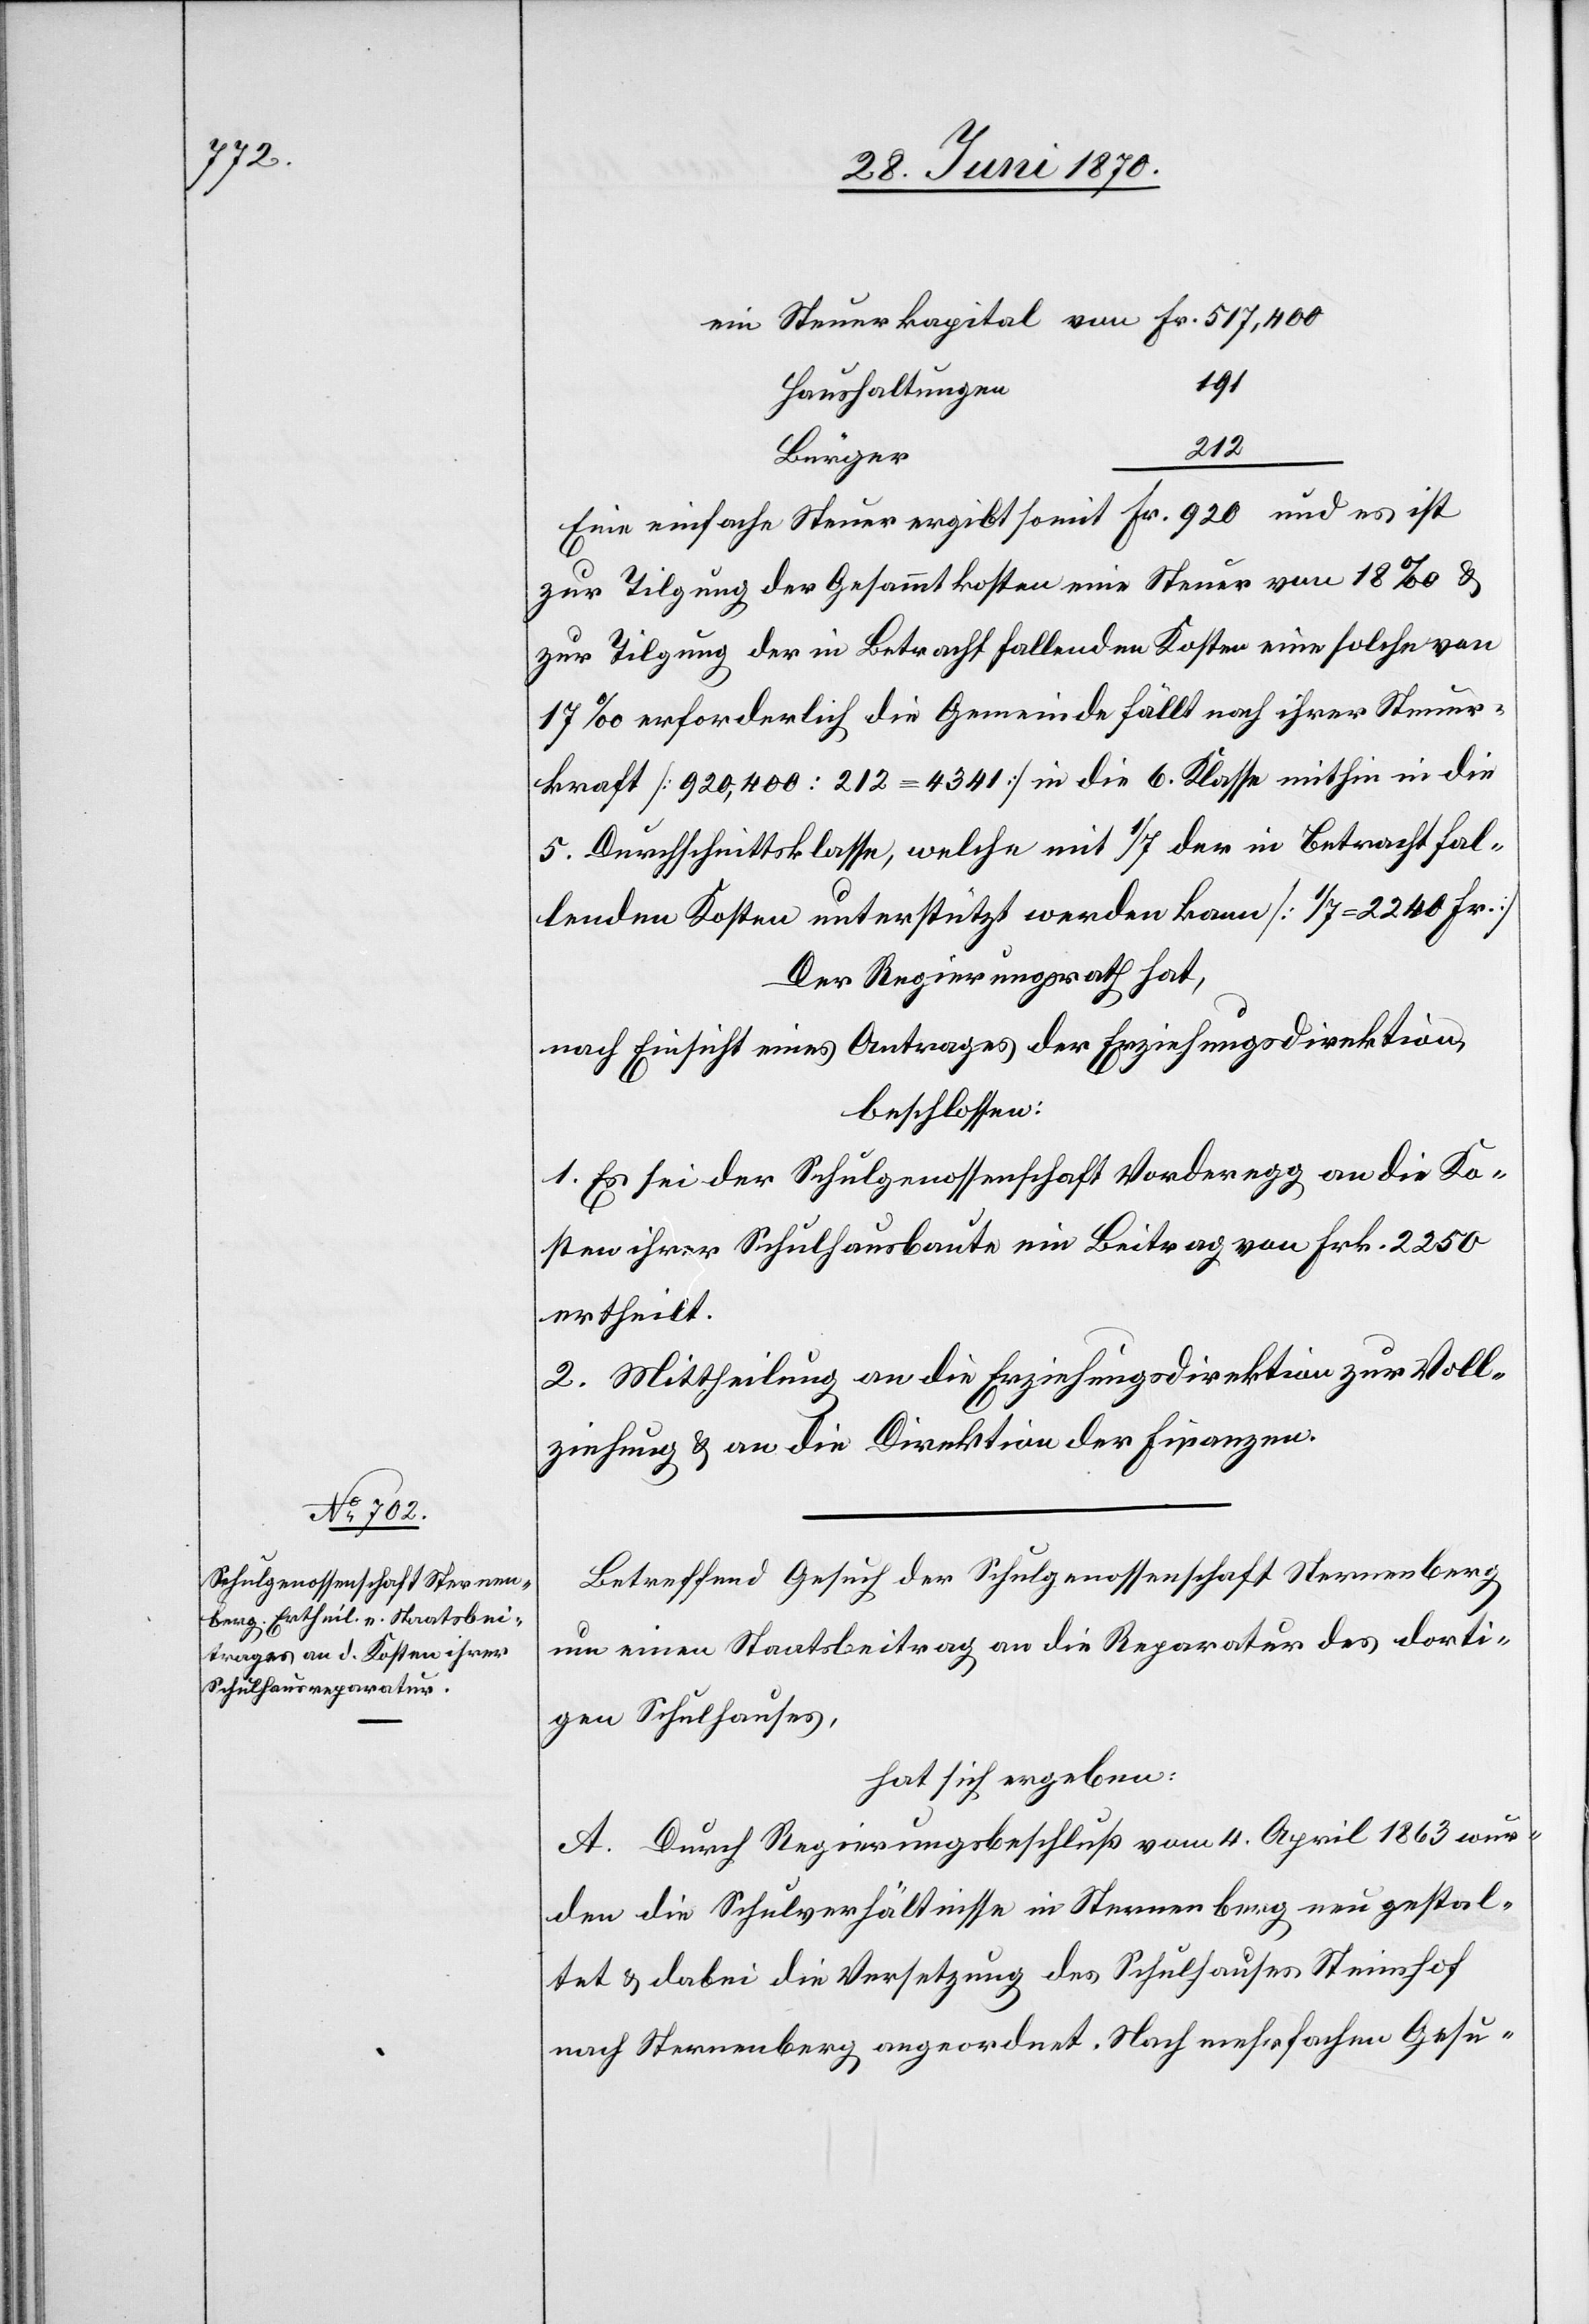
ein Steuerkapital von Fr. 517,400
191
Haushaltungen
212
Bürger
Eine einfache Steuer ergibt somit Fr. 920 und es ist
zur Tilgung der Gesammtkosten eine Steuer von 18‰ &
zur Tilgung der in Betracht fallenden Kosten eine solche von
17‰ erforderlich[;] die Gemeinde fällt nach ihrer Steuer¬
kraft [920,400 : 212 = 4341] in die 6. Klasse mithin in die
5. Durchschnittsklasse, welche mit 1/7 der in Betracht fal¬
lenden Kosten unterstützt werden kann [1/7 = 2240 Fr.]
Der Regierungsrath hat,
nach Einsicht eines Antrages der Erziehungsdirektion,
beschlossen:
1. Es sei der Schulgenossenschaft Vorderegg an die Ko¬
sten ihrer Schulhausbaute ein Beitrag von Frk. 2250
ertheilt.
2. Mittheilung an die Erziehungsdirektion zur Voll¬
ziehung & an die Direktion der Finanzen.
Betreffend Gesuch der Schulgenossenschaft Sternenberg
um einen Staatsbeitrag an die Reparatur des dorti¬
gen Schulhauses,
hat sich ergeben:
A. Durch Regierungsbeschluß vom 4. April 1863 wur¬
den die Schulverhältnisse in Sternenberg neu gestal¬
tet & dabei die Versetzung des Schulhauses Steinhof
nach Sternenberg angeordnet. Nach mehrfachem Gesu-